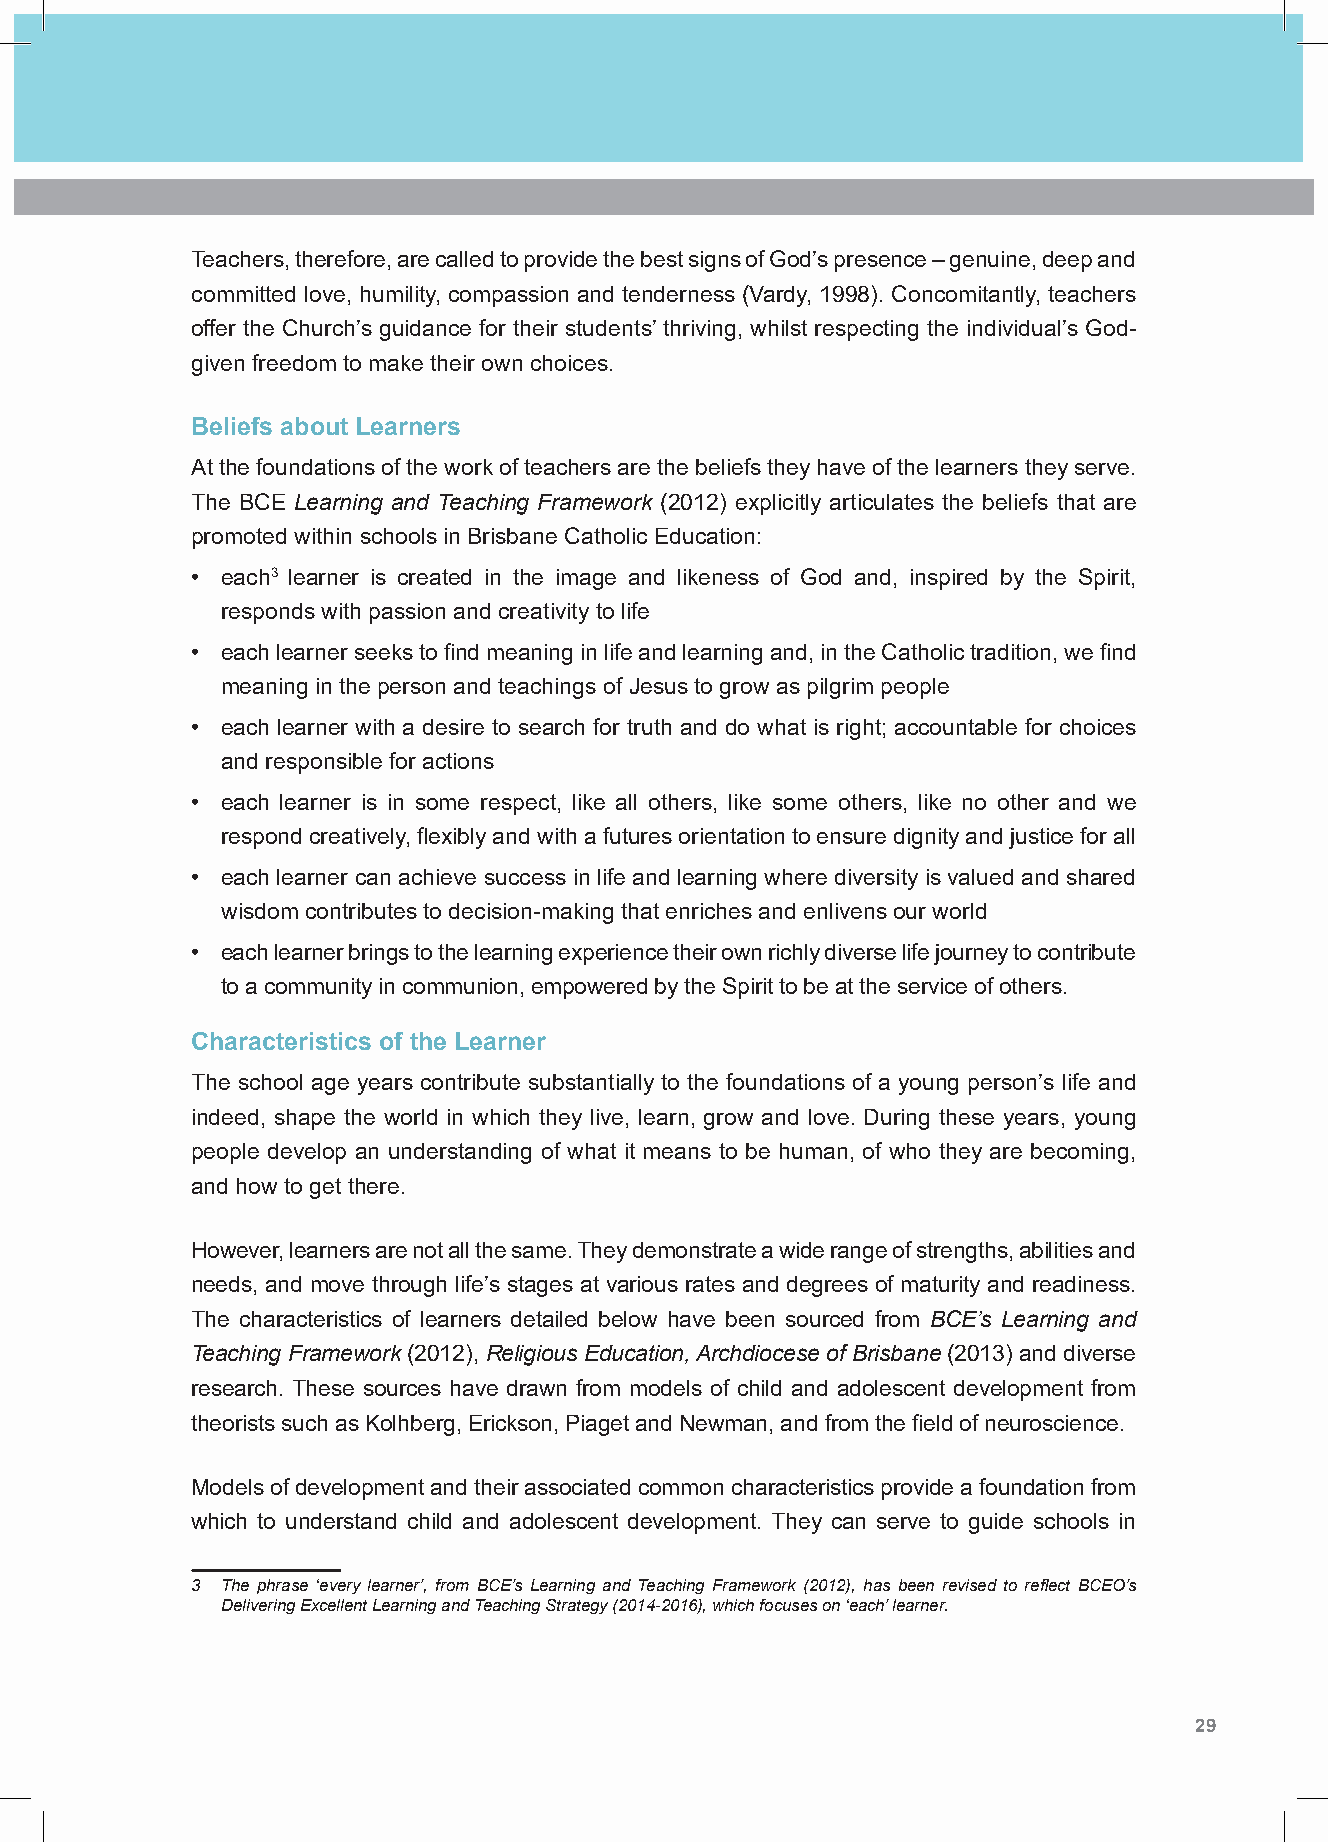
Teachers, therefore, are called to provide the best signs of God’s presence – genuine, deep and
 committed love, humility, compassion and tenderness (Vardy, 1998). Concomitantly, teachers
 offer the Church’s guidance for their students’ thriving, whilst respecting the individual’s God-
 given freedom to make their own choices.
 Beliefs about Learners
 At the foundations of the work of teachers are the beliefs they have of the learners they serve.
 The BCE Learning and Teaching Framework (2012) explicitly articulates the beliefs that are
 promoted within schools in Brisbane Catholic Education:
 • each3 learner is created in the image and likeness of God and, inspired by the Spirit,
 responds with passion and creativity to life
 • each learner seeks to find meaning in life and learning and, in the Catholic tradition, we find
 meaning in the person and teachings of Jesus to grow as pilgrim people
 • each learner with a desire to search for truth and do what is right; accountable for choices
 and responsible for actions
 • each learner is in some respect, like all others, like some others, like no other and we
 respond creatively, flexibly and with a futures orientation to ensure dignity and justice for all
 • each learner can achieve success in life and learning where diversity is valued and shared
 wisdom contributes to decision-making that enriches and enlivens our world
 • each learner brings to the learning experience their own richly diverse life journey to contribute
 to a community in communion, empowered by the Spirit to be at the service of others.
 Characteristics of the Learner
 The school age years contribute substantially to the foundations of a young person’s life and
 indeed, shape the world in which they live, learn, grow and love. During these years, young
 people develop an understanding of what it means to be human, of who they are becoming,
 and how to get there.
 However, learners are not all the same. They demonstrate a wide range of strengths, abilities and
 needs, and move through life’s stages at various rates and degrees of maturity and readiness.
 The characteristics of learners detailed below have been sourced from BCE’s Learning and
 Teaching Framework (2012), Religious Education, Archdiocese of Brisbane (2013) and diverse
 research. These sources have drawn from models of child and adolescent development from
 theorists such as Kolhberg, Erickson, Piaget and Newman, and from the field of neuroscience.
 Models of development and their associated common characteristics provide a foundation from
 which to understand child and adolescent development. They can serve to guide schools in
 3 The phrase ‘every learner’, from BCE’s Learning and Teaching Framework (2012), has been revised to reflect BCEO’s
 Delivering Excellent Learning and Teaching Strategy (2014-2016), which focuses on ‘each’ learner.
 28 Shape Paper - A Catholic Perspective on Relationships and Sexuality Education - Australian Curriculum: Health and Physical Education 29